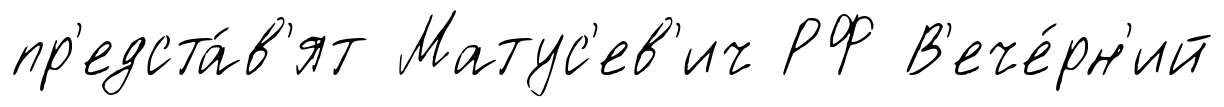
пр'едста́в'ят Матус'ев'ич РФ В'ече́рн'ий